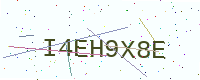
Text: I4EH9X8E